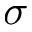
\sigma